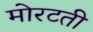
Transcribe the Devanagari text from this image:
मोरटती